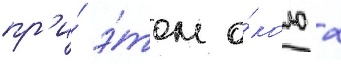
пр'и́ э́том о́коло 2